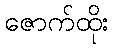
ဇောက်ထိုး